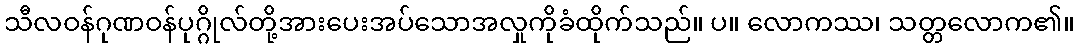
သီလဝန်ဂုဏဝန်ပုဂ္ဂိုလ်တို့အားပေးအပ်သောအလှုကိုခံထိုက်သည်။ ပ။ လောကဿ၊ သတ္တလောက၏။